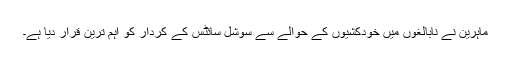
ماہرین نے نابالغوں میں خودکشیوں کے حوالے سے سوشل سائٹس کے کردار کو اہم ترین قرار دیا ہے۔